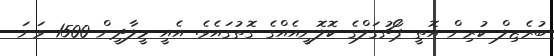
ބުރެޒިލް ކުރިން އޮތީ ޕޯޗުގަލްގެ ކޮލޮނީއެއްގެ ގޮތުގައެވެ. އެއީ މީލާދީން 1500 ވަނަ